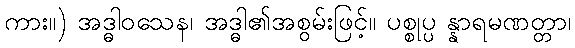
ကား။) အဒ္ဓါဝသေန၊ အဒ္ဓါ၏အစွမ်းဖြင့်။ ပစ္စုပ္ပ န္နာရမဏတ္တာ၊